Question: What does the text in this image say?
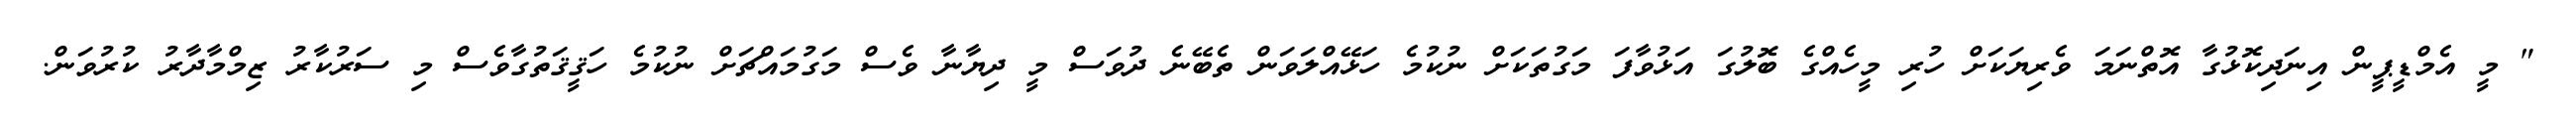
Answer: " މީ އެމްޑީޕީން އިނަދިކޮޅުގާ އޮތްނަމަ ވެރިޔަކަށް ހުރި މީހެއްގެ ބޮލުގަ އަޅުވާފަ މަގުތަކަށް ނުކުމެ ހަޅޭއްލަވަން ތެބޭނެ ދުވަސް މީ ދިޔާނާ ވެސް މަގުމައްޗަށް ނުކުމެ ހަޤީޤަތުގާވެސް މި ސަރުކާރު ޒިމްމާދާރު ކުރުވަން.